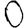
Digit: 0